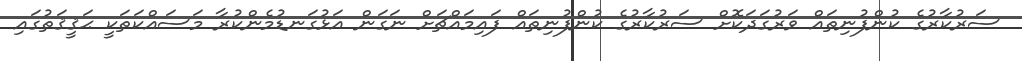
ސަރުކާރުގެ ކުންފުނިތައް ވަރުގަދަކޮށް ސަރުކާރުގެ ކުންފުނިތައް ފައިމައްޗަށް ނަގަން އަޅުގަނޑުމެންކުރާ މަސައްކަތަކީ ޙަޤީޤަތުގައި